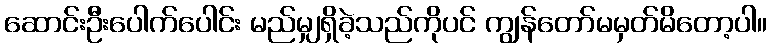
ဆောင်းဦးပေါက်ပေါင်း မည်မျှရှိခဲ့သည်ကိုပင် ကျွန်တော်မမှတ်မိတော့ပါ။